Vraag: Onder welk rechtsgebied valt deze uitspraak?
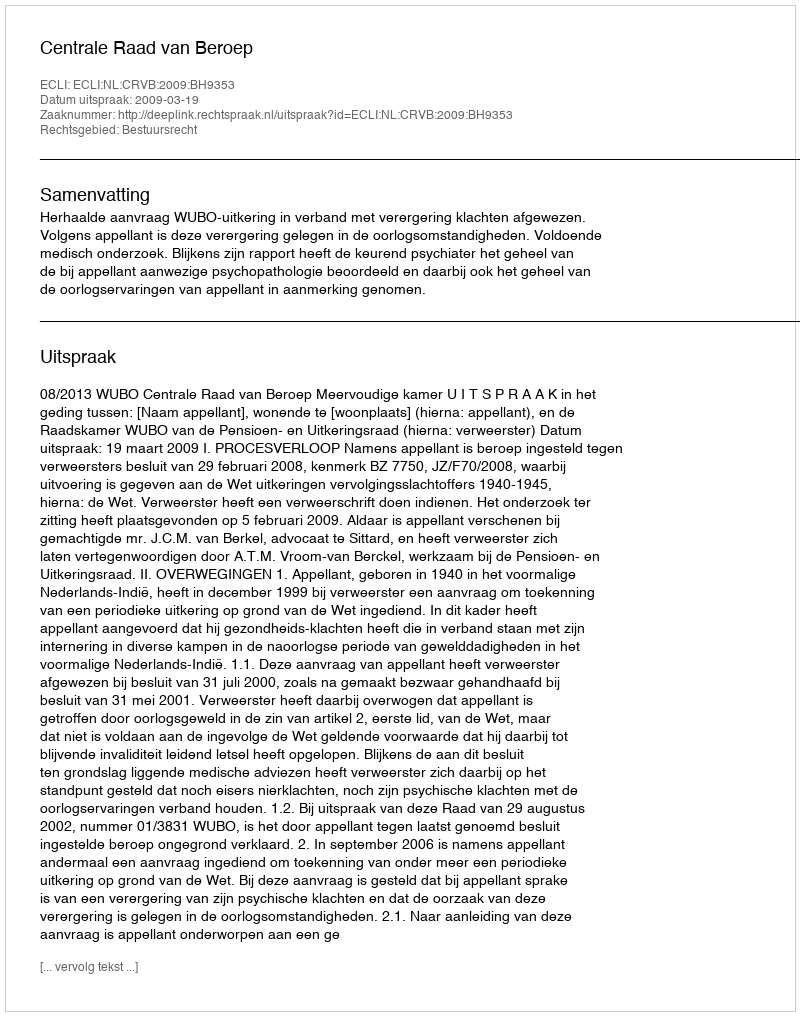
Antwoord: Bestuursrecht